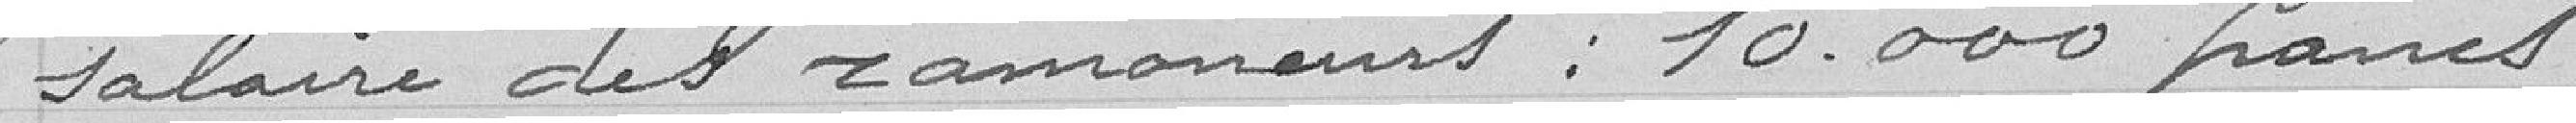
salaire des ramoneurs : 10000 francs.